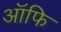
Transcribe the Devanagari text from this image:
ऑफि